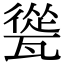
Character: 㼻